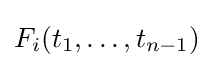
F_{i}(t_{1},\ldots ,t_{n-1})